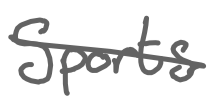
Text: Sports
Cross-out: mix
Writing tool: digital_gray